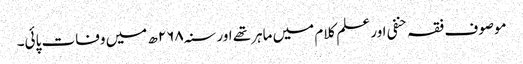
موصوف فقہ حنفی اور علم کلام میں ماہرتھے اور سنہ۲۶۸ھ میں وفات پائی۔